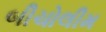
બીચોલીમ